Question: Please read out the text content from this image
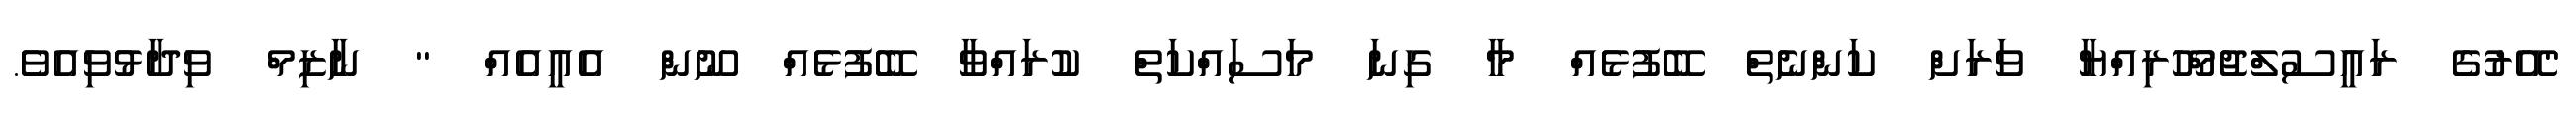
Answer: "އޭރުގެ ރައީސުލްޖުމްހޫރިއްޔާ ވަރަށް ކަންނެތް ބޭފުޅެއް މާ ގިނަ މަސައްކަތް ކުރައްވާ ބޭފުޅެއް ނޫން އެއީއެއް " ނާޒިމް ވިދާޅުވިއެވެ.